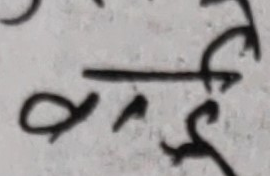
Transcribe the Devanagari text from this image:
वर्ष